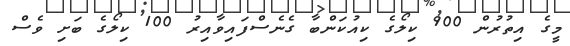
މީގެ އިތުރުން 900 ކިލޯގެ ކިއުކަންބާ ގެނެސްފައިވާއިރު 100 ކިލޯގެ ބަށި ވެސް